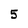
Character: 5